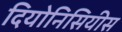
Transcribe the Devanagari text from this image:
दियोनिसियीस